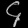
Digit: ၄